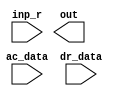

module AdderLogic(ac_data, inp_r, dr_data, out);

input [15:0] ac_data;
input [7:0] inp_r;
input [15:0] dr_data;
output [15:0] out;
reg [15:0] out;

endmodule